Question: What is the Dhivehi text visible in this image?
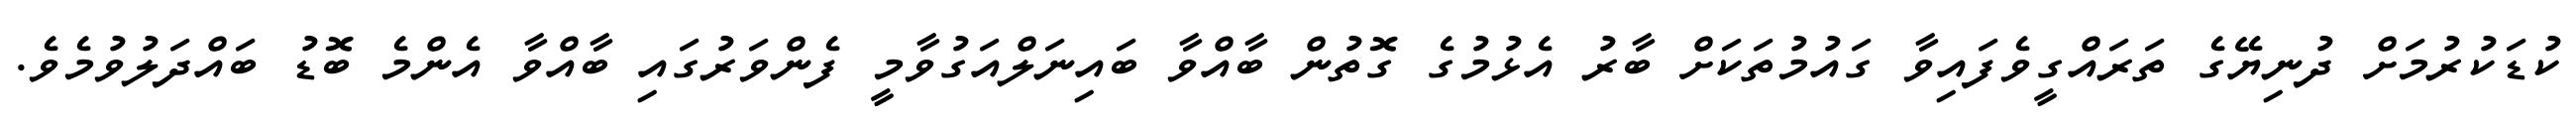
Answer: ކުޑަކުރުމަށް ދުނިޔޭގެ ތަރައްގީވެފައިވާ ގައުމުތަކަށް ބާރު އެޅުމުގެ ގޮތުން ބާއްވާ ބައިނަލްއަގުވާމީ ފެންވަރުގައި ބާއްވާ އެންމެ ބޮޑު ބައްދަލުވުމެވެ.